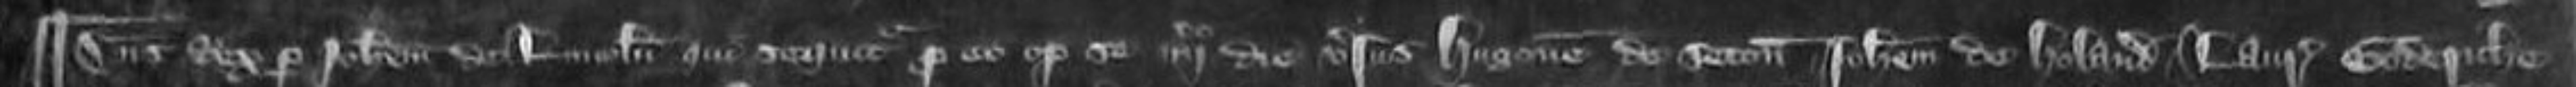
¶ Dominus Rex per Johannem de Lincoln qui sequitur pro eo optulit se quarto die versus Hugonem de Seton Johannem de Holand Laurencium Goderiche et